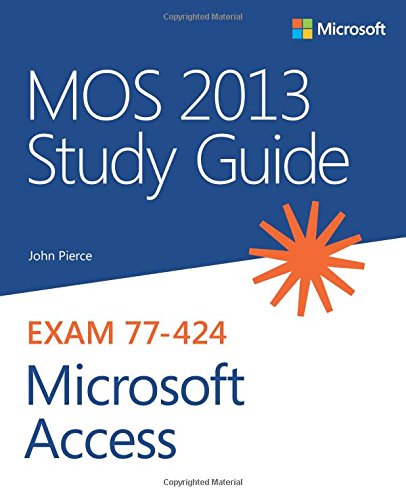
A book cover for MOS 2013 Study Guide for Microsoft Access (MOS Study Guide); John Pierce; Computers & Technology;